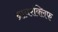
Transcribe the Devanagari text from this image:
ब्रायरक्लिफ